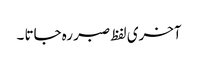
آخری لفظ صبر رہ جاتا ۔